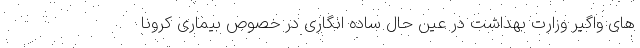
های واگیر وزارت بهداشت در عین حال ساده انگاری در خصوص بیماری کرونا